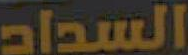
السداد